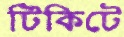
টিকিটে